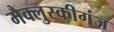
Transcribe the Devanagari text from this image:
मैक्लुस्कीगंज